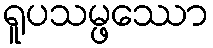
ရူပသမ္ဖဿော